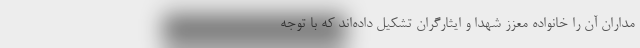
مداران آن را خانواده معزز شهدا و ایثارگران تشکیل داده‌اند که با توجه